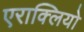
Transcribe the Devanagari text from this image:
एराक्लियो